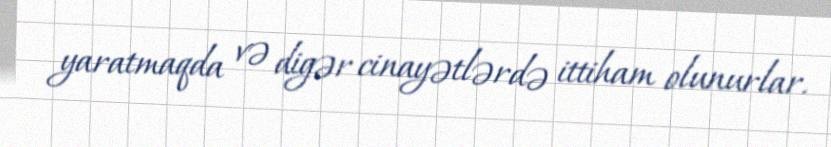
yaratmaqda və digər cinayətlərdə ittiham olunurlar.